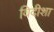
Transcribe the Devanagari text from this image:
विदीशा